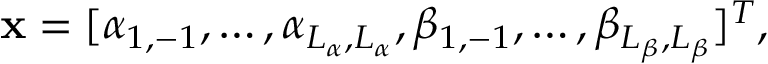
\mathbf { x } = [ \alpha _ { 1 , - 1 } , \ldots , \alpha _ { L _ { \alpha } , L _ { \alpha } } , \beta _ { 1 , - 1 } , \ldots , \beta _ { L _ { \beta } , L _ { \beta } } ] ^ { T } ,